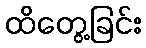
ထိတွေ့ခြင်း